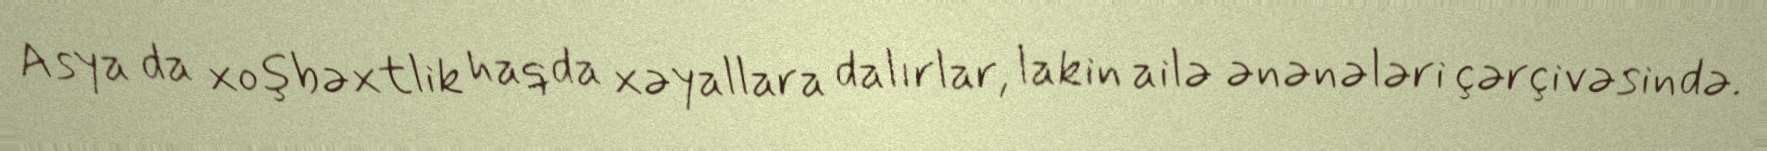
Asya da xoşbəxtlik haqda xəyallara dalırlar, lakin ailə ənənələri çərçivəsində.